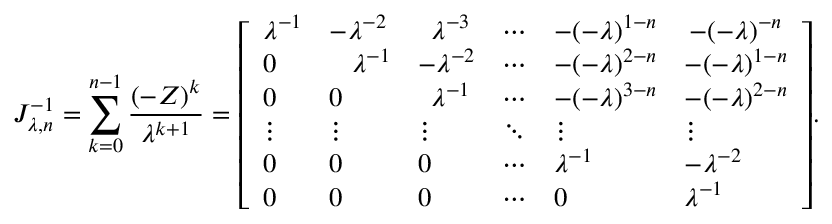
J _ { \lambda , n } ^ { - 1 } = \sum _ { k = 0 } ^ { n - 1 } { \frac { ( - Z ) ^ { k } } { \lambda ^ { k + 1 } } } = { \left[ \begin{array} { l l l l l l } { \lambda ^ { - 1 } } & { - \lambda ^ { - 2 } } & { \, \, \, \lambda ^ { - 3 } } & { \cdots } & { - ( - \lambda ) ^ { 1 - n } } & { \, - ( - \lambda ) ^ { - n } } \\ { 0 } & { \; \; \; \lambda ^ { - 1 } } & { - \lambda ^ { - 2 } } & { \cdots } & { - ( - \lambda ) ^ { 2 - n } } & { - ( - \lambda ) ^ { 1 - n } } \\ { 0 } & { 0 } & { \, \, \, \lambda ^ { - 1 } } & { \cdots } & { - ( - \lambda ) ^ { 3 - n } } & { - ( - \lambda ) ^ { 2 - n } } \\ { \vdots } & { \vdots } & { \vdots } & { \ddots } & { \vdots } & { \vdots } \\ { 0 } & { 0 } & { 0 } & { \cdots } & { \lambda ^ { - 1 } } & { - \lambda ^ { - 2 } } \\ { 0 } & { 0 } & { 0 } & { \cdots } & { 0 } & { \lambda ^ { - 1 } } \end{array} \right] } .